Lunatic asylums United Provinces 1899-1908 - 1899-1908
Year: 1899
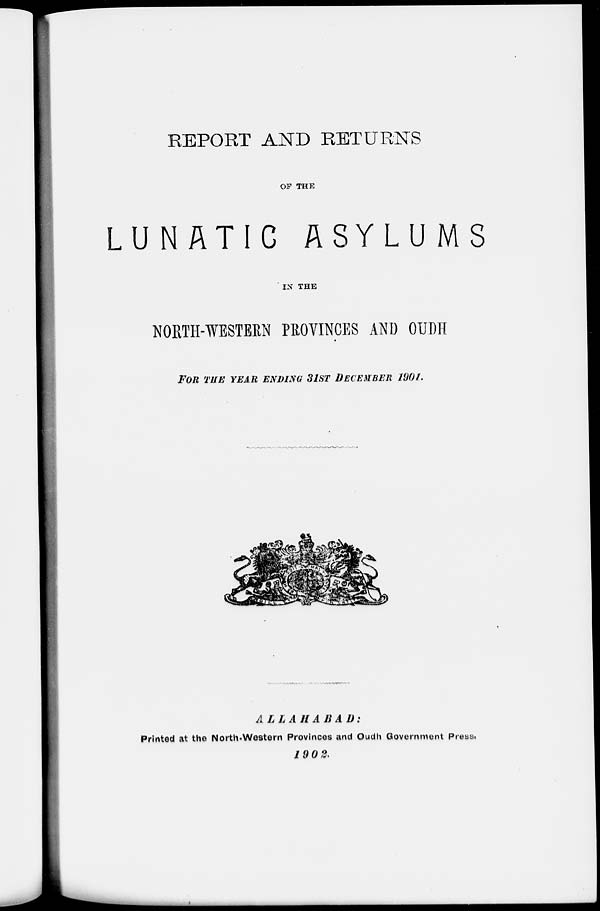
REPORT AND RETURNS
OF THE
LUNATIC ASYLUMS
IN THE
NORTH-WESTERN PROVINCES AND OUDH
FOR THE YEAR ENDING 31ST DECEMBER 1901.
ALLAHABAD:
Printed at the North-Western Provinces and Oudh Government Press,
1902.